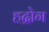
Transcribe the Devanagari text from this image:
हद्रोग